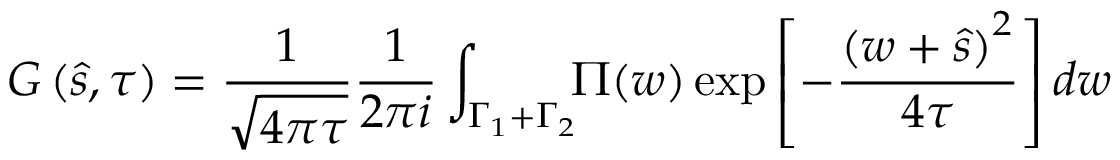
G \left( \hat { s } , \tau \right) = \frac { 1 } { \sqrt { 4 \pi \tau } } \frac { 1 } { 2 \pi i } \int _ { \Gamma _ { 1 } + \Gamma _ { 2 } } \! \! \Pi ( w ) \exp { \left[ - \frac { \left( w + \hat { s } \right) ^ { 2 } } { 4 \tau } \right] } \, d w